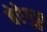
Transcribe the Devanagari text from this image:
बेरेगुड्डा